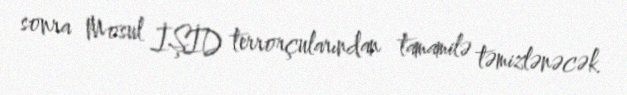
sonra Mosul İŞİD terrorçularından tamamilə təmizlənəcək.